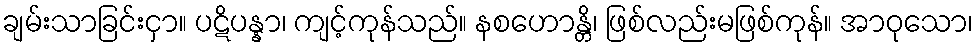
ချမ်းသာခြင်းငှာ။ ပဋိပန္နာ၊ ကျင့်ကုန်သည်။ နစဟောန္တိ၊ ဖြစ်လည်းမဖြစ်ကုန်။ အာဝုသော၊